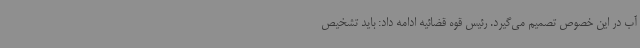
آب در این خصوص تصمیم می‌گیرد. رئیس قوه قضائیه ادامه داد: باید تشخیص